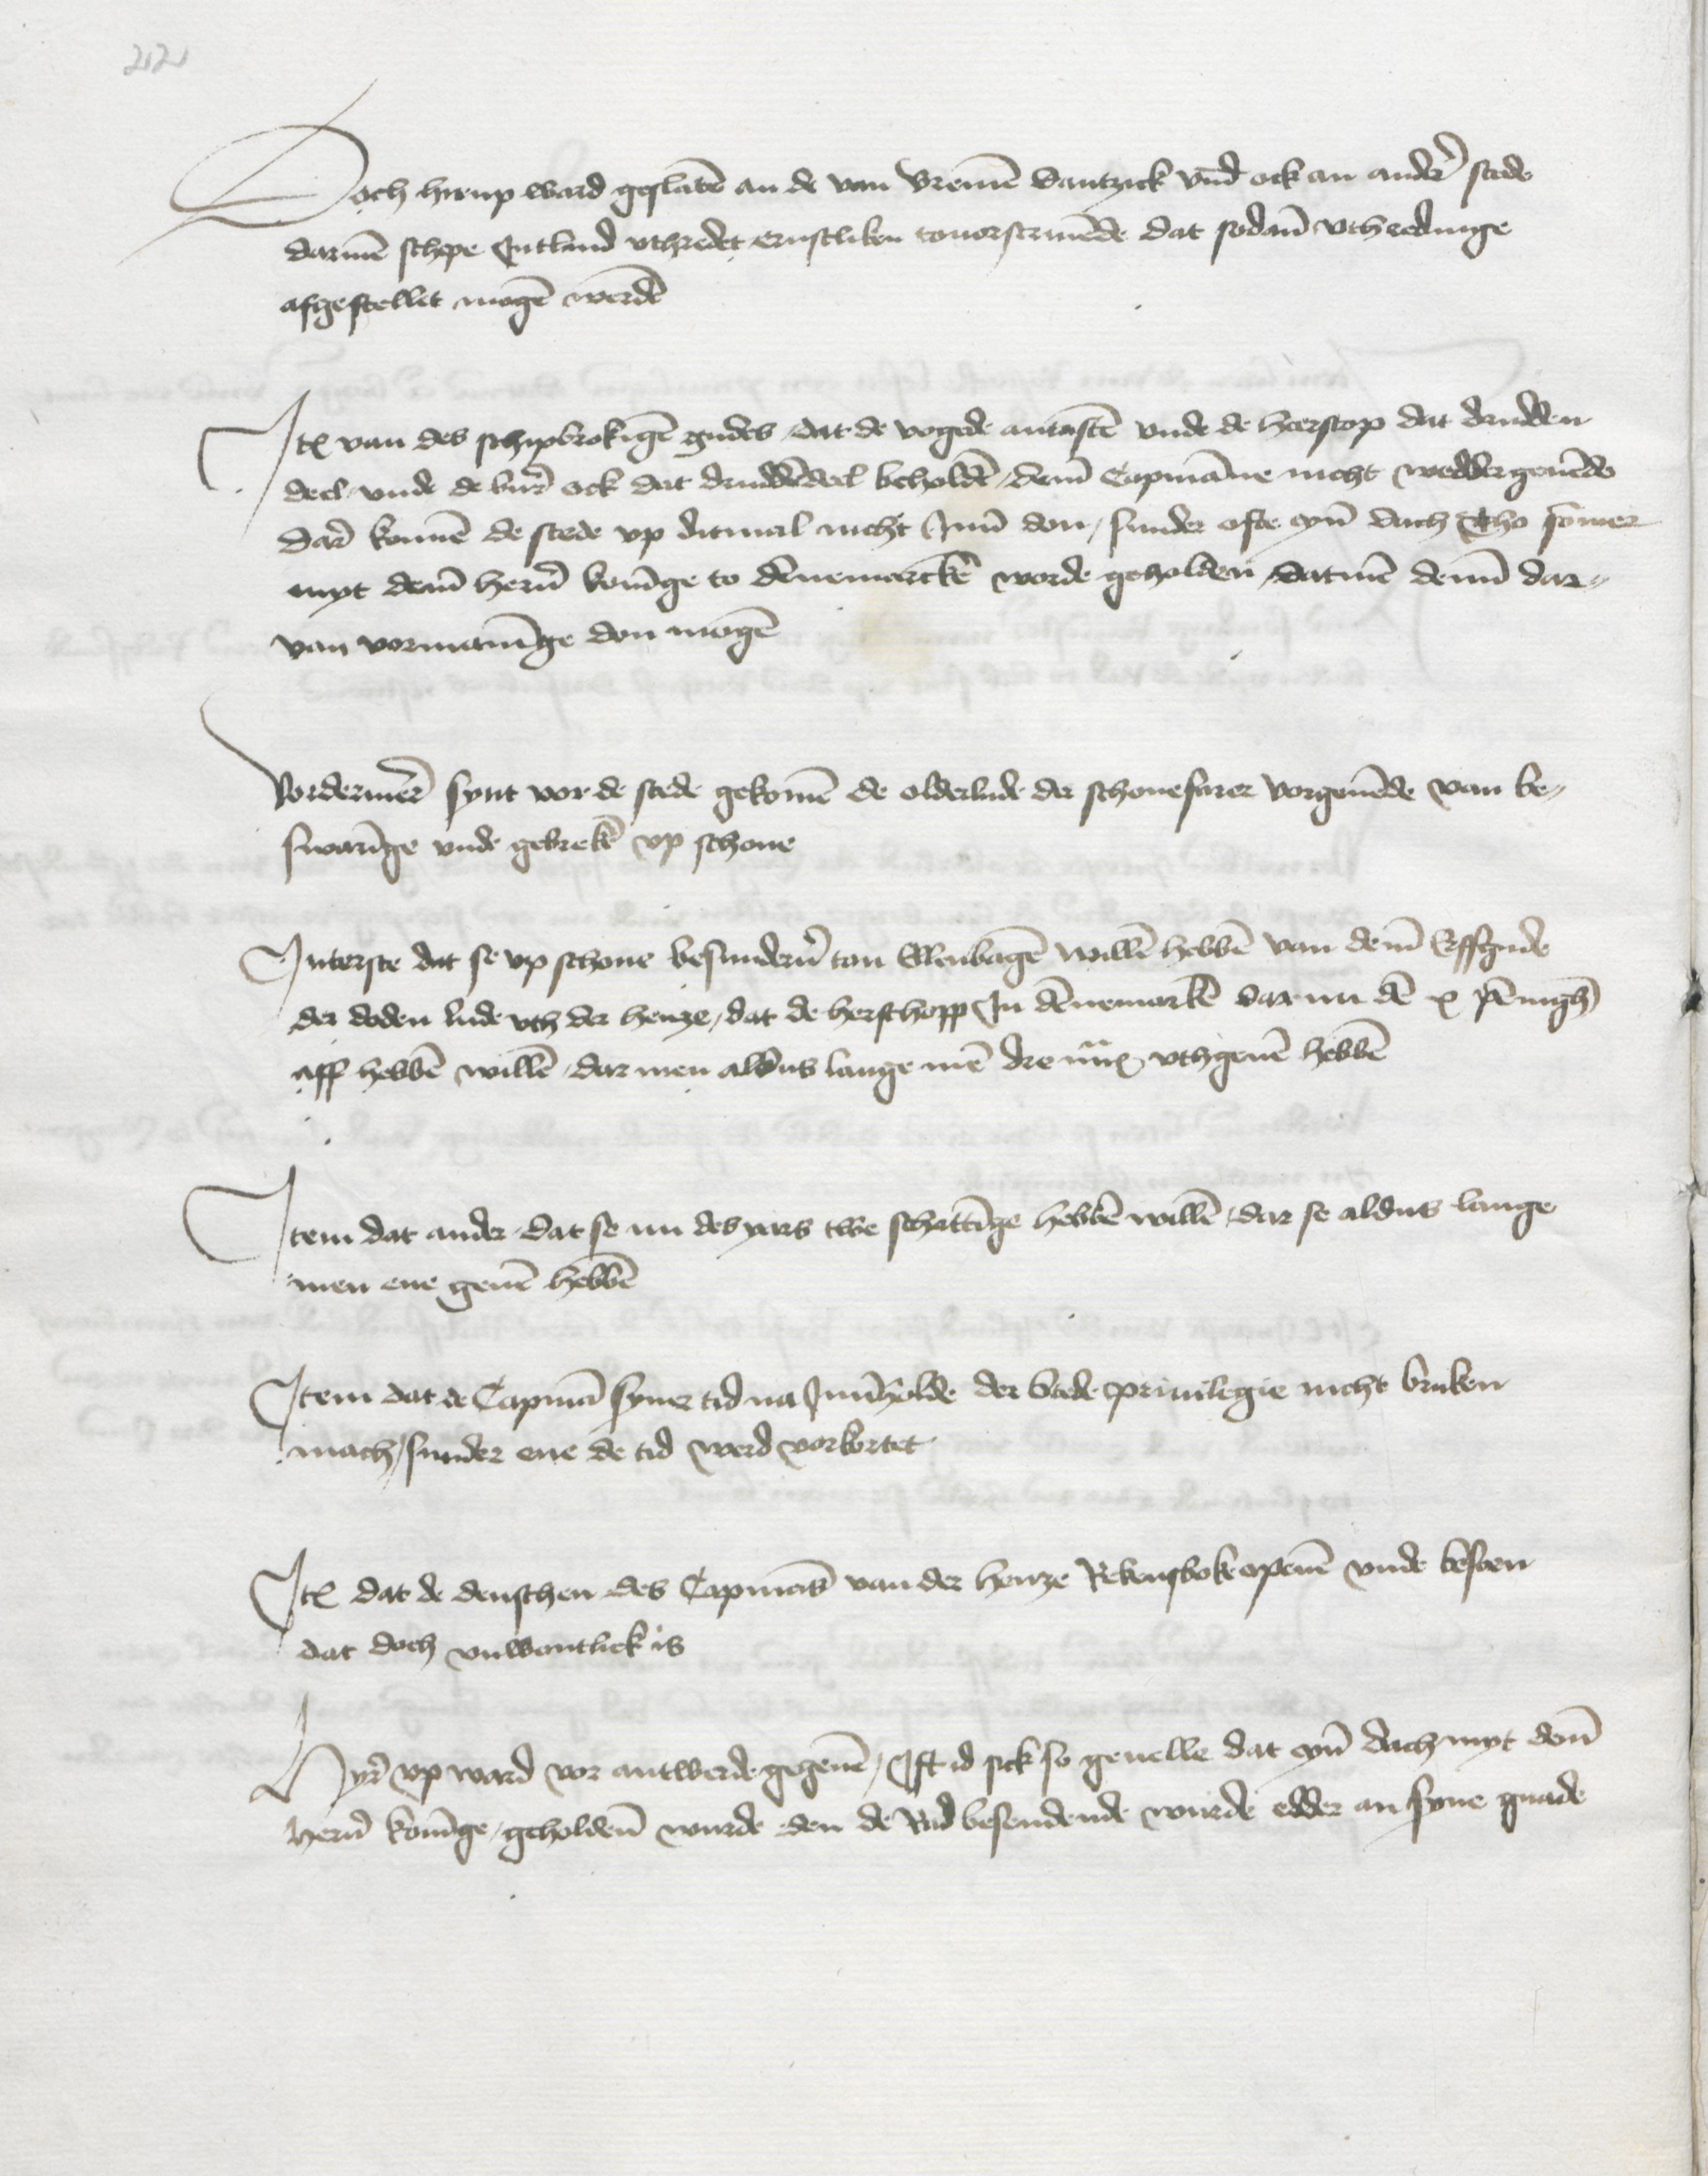
Doch hirup ward geslaten an de van Bremen Dantzick vnd ock an andren stede
darmen schepe Jntlund vthredet ernstliken touorscriuende dat sodane vtheedinge
afgestellet mogen werden

Jtem van des schipbrokingen gudes, dat de vogede antasten vnde de herscop dit drudden
deel, vnde de vnre ock dat druddendeel beholden, deme Copmanne nicht wedder geuende
dare konnen de stede vp ditmal nicht Jnne don, sunder ofte eyne dach Tho sommer
myt deme heren koninge to Dennemarcken worde geholden, datmen deme dar¬
van vormaninge don mogen

Vordermeer synt vor de stede gekomen de olderlude der schonefarer vorgeuende van Be¬
suaringe vnde gebreken vp schone

Jnterste dit se vp schone besunderen ton Elenbagen willen hebben van deme Erffgude
der doden lude vth der henze, dat de herschopp Jn Dennemarken darme den x pennighen
aff hebben willen, dar men alsdus lange men dre mark vthgeuen hebben

Jtem dat ander dat se nu des yars twe schattinge hebben willen, dar se aldus lange
men ene geuen hebben

Jtem dat de Copman syner tid na Jnneholde der Stede priuilegie nicht bruken
mach, sunder ene de tid werd vorbortet

Jtem dat de denschen des Copmans van der henze Rekensboke openen vnde beseen
dat doch vnwontlick is

Hyre vp ward vor antwerde gegeuen, Jft id sick so geuelle dat eyne dach myt deme
heren koninge geholdene wurde den de Rad besendende wurde edder an syne gnade